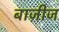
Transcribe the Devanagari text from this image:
बाज़ीज